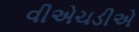
વીએચડીએ